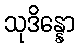
သုဒိန္နော